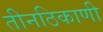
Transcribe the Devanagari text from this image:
तीनठिकाणी